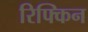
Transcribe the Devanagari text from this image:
रिफ्किन